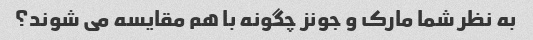
به نظر شما مارک و جونز چگونه با هم مقایسه می شوند؟